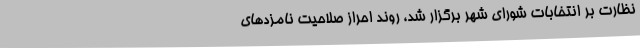
نظارت بر انتخابات شورای شهر برگزار شد، روند احراز صلاحیت نامزد‌های